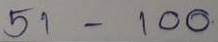
51 - 100